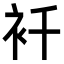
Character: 𧘜